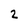
Character: 2